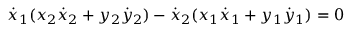
{ \dot { x } } _ { 1 } ( x _ { 2 } { \dot { x } } _ { 2 } + y _ { 2 } { \dot { y } } _ { 2 } ) - { \dot { x } } _ { 2 } ( x _ { 1 } { \dot { x } } _ { 1 } + y _ { 1 } { \dot { y } } _ { 1 } ) = 0